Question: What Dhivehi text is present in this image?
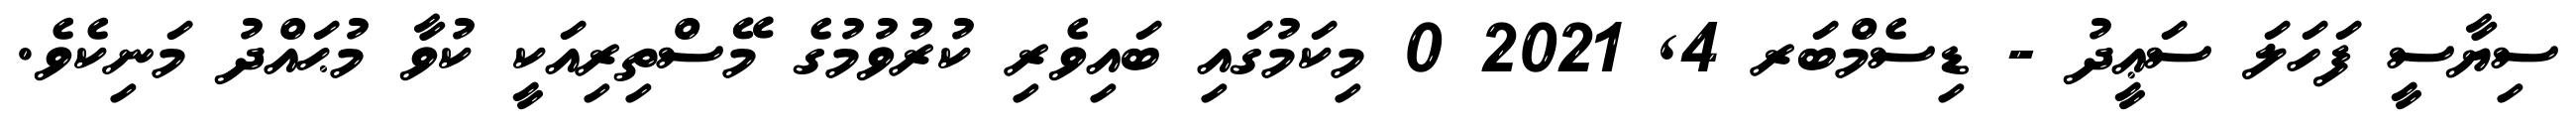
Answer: ސިޔާސީ ފަހަލަ ސަޢީދު - ޑިސެމްބަރ 4, 2021 0 މިކަމުގައި ބައިވެރި ކުރުވުމުގެ މޭސްތިރިއަކީ ކުވާ މުޙައްދު މަނިކެވެ.